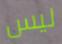
ليس